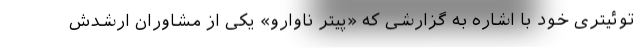
توئیتری خود با اشاره به گزارشی که «پیتر ناوارو» یکی از مشاوران ارشدش